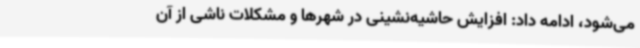
می‌شود، ادامه داد: افزایش حاشیه‌نشینی در شهرها و مشکلات ناشی از آن